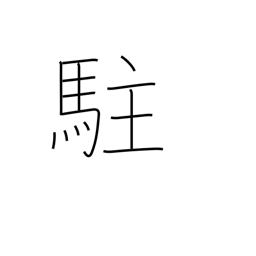
Meaning: reside in